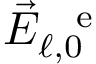
\vec { E } _ { \ell , 0 } ^ { \mathrm { ~ \, ~ e ~ } }